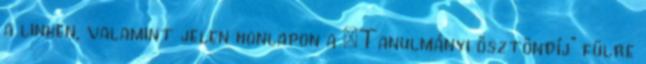
a linken, valamint jelen honlapon a „Tanulmányi ösztöndíj” fülre